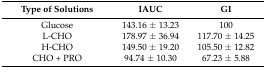
<table><thead><tr><td><b>Type of Solutions</b></td><td><b>IAUC</b></td><td><b>GI</b></td></tr></thead><tbody><tr><td>Glucose</td><td>143.16 ± 13.23</td><td>100</td></tr><tr><td>L-CHO</td><td>178.97 ± 36.94</td><td>117.70 ± 14.25</td></tr><tr><td>H-CHO</td><td>149.50 ± 19.20</td><td>105.50 ± 12.82</td></tr><tr><td>CHO + PRO</td><td>94.74 ± 10.30</td><td>67.23 ± 5.88</td></tr></tbody></table>